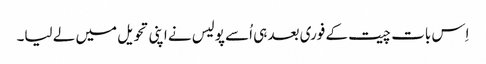
اِس بات چیت کے فوری بعد ہی اُسے پولیس نے اپنی تحویل میں لے لیا۔